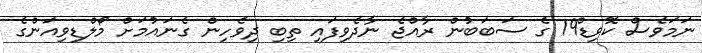
ނަމަވެސް ކޮވިޑް19 ގެ ސަބަބުން ރާއްޖެ ނާދެވިފައި ތިބި ދިވެހިން ގެނައުމަށް މޯލްޑިވިއަންގެ